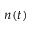
n ( t )